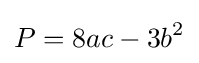
P=8ac-3b^{2}